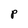
Character: P